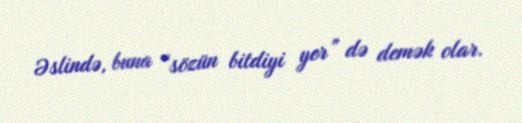
Əslində, buna “sözün bitdiyi yer” də demək olar.